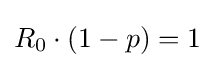
R_{0}\cdot (1-p)=1